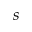
s